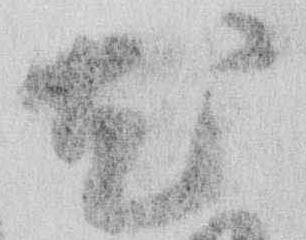
尤